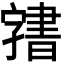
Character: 𭓙